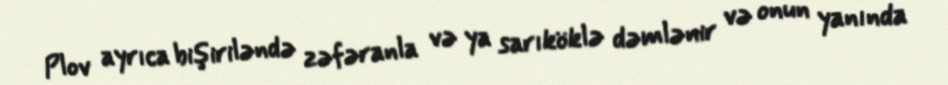
Plov ayrıca bişiriləndə zəfəranla və ya sarıköklə dəmlənir və onun yanında